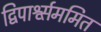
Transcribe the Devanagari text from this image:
द्विपार्श्व्सममित